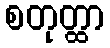
စတုတ္ထာ